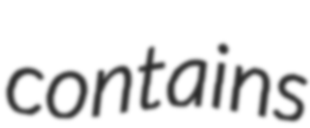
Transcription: contains